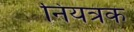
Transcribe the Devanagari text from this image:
निंयत्रक